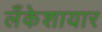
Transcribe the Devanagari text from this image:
लँकेशायार